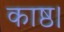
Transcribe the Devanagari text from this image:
काष्ठ।